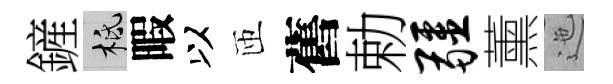
鏟柢暇以匝舊勅疆薰迤